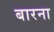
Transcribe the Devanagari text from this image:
बारना